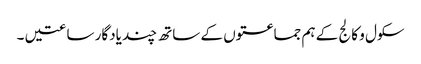
سکول و کالج کے ہم جماعتوں کے ساتھ چند یادگار ساعتیں ۔